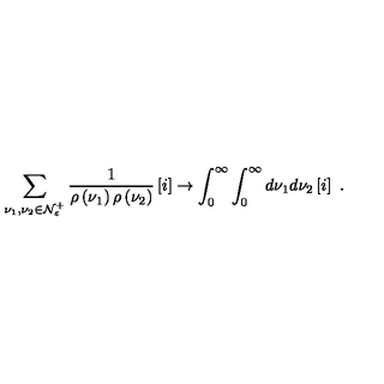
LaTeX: \sum _ { \nu _ { 1 } , \nu _ { 2 } \in { \cal N } _ { \varepsilon } ^ { + } } \frac { 1 } { \rho \left( \nu _ { 1 } \right) \rho \left( \nu _ { 2 } \right) } \left[ { \Large i } \right] \rightarrow \int _ { 0 } ^ { \infty } \int _ { 0 } ^ { \infty } d \nu _ { 1 } d \nu _ { 2 } \left[ { \Large i } \right] \ .